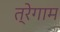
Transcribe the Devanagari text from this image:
त्रेगाम